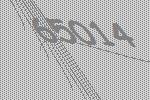
65014